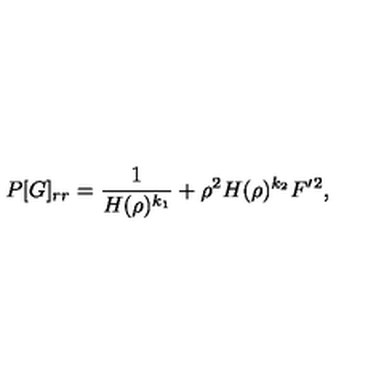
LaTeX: P [ G ] _ { r r } = \frac { 1 } { H ( \rho ) ^ { k _ { 1 } } } + \rho ^ { 2 } H ( \rho ) ^ { k _ { 2 } } F ^ { \prime } { } ^ { 2 } ,